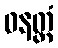
ဓနတ္ထံ